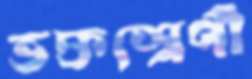
ভক্তশ্রেণী